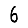
Digit: 6